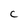
Character: C